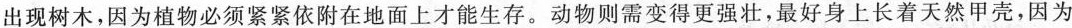
出现树木，因为植物必须紧紧依附在地面上才能生存。动物则需变得更强壮，最好身上长着天然甲壳，因为